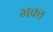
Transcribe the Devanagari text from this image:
भक्त्त